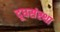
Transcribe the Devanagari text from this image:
दूधसंस्था